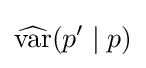
{\widehat {\operatorname {var} }}(p'\mid p)